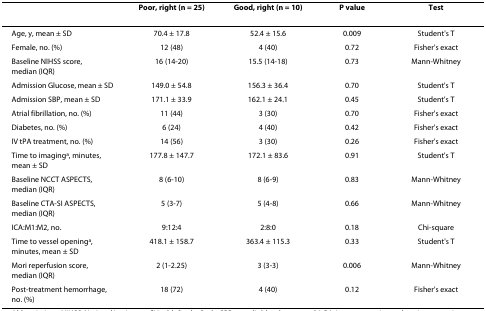
<table><thead><tr><td></td><td><b>Poor, right (n = 25)</b></td><td><b>Good, right (n = 10)</b></td><td><b>P value</b></td><td><b>Test</b></td></tr></thead><tbody><tr><td>Age, y, mean ± SD</td><td>70.4 ± 17.8</td><td>52.4 ± 15.6</td><td>0.009</td><td>Student&#x27;s T</td></tr><tr><td>Female, no. (%)</td><td>12 (48)</td><td>4 (40)</td><td>0.72</td><td>Fisher&#x27;s exact</td></tr><tr><td>Baseline NIHSS score, median (IQR)</td><td>16 (14-20)</td><td>15.5 (14-18)</td><td>0.73</td><td>Mann-Whitney</td></tr><tr><td>Admission Glucose, mean ± SD</td><td>149.0 ± 54.8</td><td>156.3 ± 36.4</td><td>0.70</td><td>Student&#x27;s T</td></tr><tr><td>Admission SBP, mean ± SD</td><td>171.1 ± 33.9</td><td>162.1 ± 24.1</td><td>0.45</td><td>Student&#x27;s T</td></tr><tr><td>Atrial fibrillation, no. (%)</td><td>11 (44)</td><td>3 (30)</td><td>0.70</td><td>Fisher&#x27;s exact</td></tr><tr><td>Diabetes, no. (%)</td><td>6 (24)</td><td>4 (40)</td><td>0.42</td><td>Fisher&#x27;s exact</td></tr><tr><td>IV tPA treatment, no. (%)</td><td>14 (56)</td><td>3 (30)</td><td>0.26</td><td>Fisher&#x27;s exact</td></tr><tr><td>Time to imaging<sup>a</sup>, minutes, mean ± SD</td><td>177.8 ± 147.7</td><td>172.1 ± 83.6</td><td>0.91</td><td>Student&#x27;s T</td></tr><tr><td>Baseline NCCT ASPECTS, median (IQR)</td><td>8 (6-10)</td><td>8 (6-9)</td><td>0.83</td><td>Mann-Whitney</td></tr><tr><td>Baseline CTA-SI ASPECTS, median (IQR)</td><td>5 (3-7)</td><td>5 (4-8)</td><td>0.66</td><td>Mann-Whitney</td></tr><tr><td>ICA:M1:M2, no.</td><td>9:12:4</td><td>2:8:0</td><td>0.18</td><td>Chi-square</td></tr><tr><td>Time to vessel opening<sup>a</sup>, minutes, mean ± SD</td><td>418.1 ± 158.7</td><td>363.4 ± 115.3</td><td>0.33</td><td>Student&#x27;s T</td></tr><tr><td>Mori reperfusion score, median (IQR)</td><td>2 (1-2.25)</td><td>3 (3-3)</td><td>0.006</td><td>Mann-Whitney</td></tr><tr><td>Post-treatment hemorrhage, no. (%)</td><td>18 (72)</td><td>4 (40)</td><td>0.12</td><td>Fisher&#x27;s exact</td></tr></tbody></table>